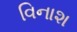
વિનાશ